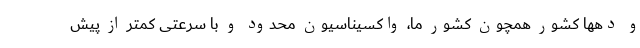
و دهها کشور همچون کشور ما، واکسیناسیون محدود و با سرعتی کمتر از پیش